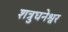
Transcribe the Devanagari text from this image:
शत्रुघनेश्वर